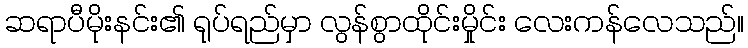
ဆရာပီမိုးနင်း၏ ရုပ်ရည်မှာ လွန်စွာထိုင်းမှိုင်း လေးကန်လေသည်။